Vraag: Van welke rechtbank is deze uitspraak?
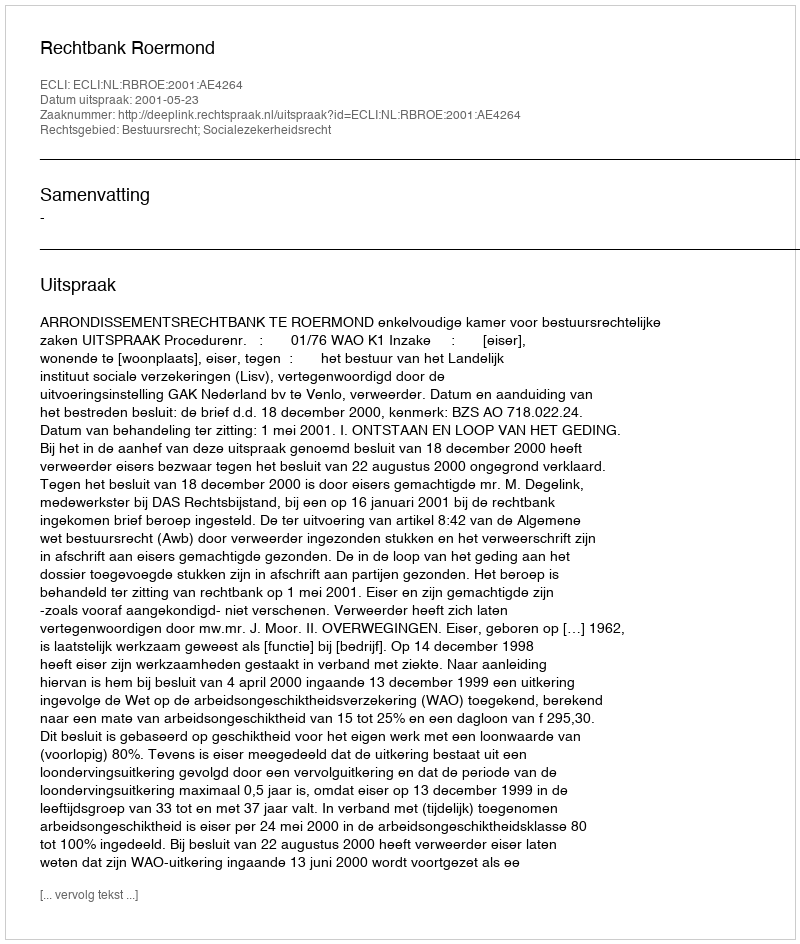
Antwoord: Rechtbank Roermond